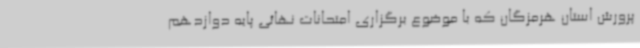
پرورش استان هرمزگان که با موضوع برگزاری امتحانات نهائی پایه دوازدهم